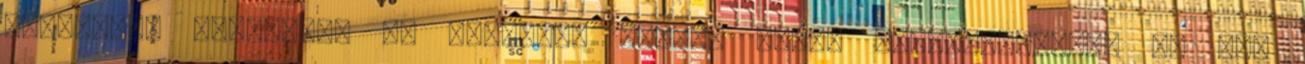
Derek,egy kutya,egy ex szerelem szakad Katie nyakába,akitől mi sem